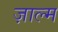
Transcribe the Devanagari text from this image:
ज़ाल्म